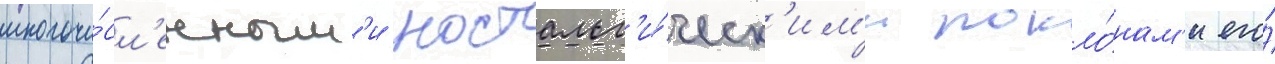
многочи́сл'енным'и ностальг'и́ческ'им'и покло́нам'и его́